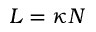
L = \kappa N